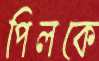
পিলকে